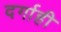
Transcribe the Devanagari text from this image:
दर्गाही